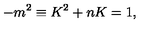
- m ^ { 2 } \equiv K ^ { 2 } + n K = 1 ,